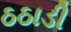
ઠઠાડી